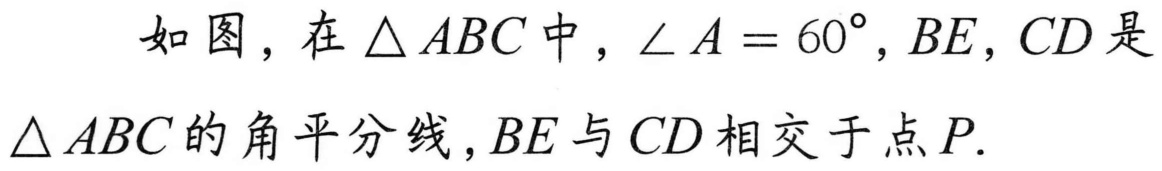
如图，在\(\triangle ABC\)中，\(\angle A = 60^{\circ}\)，\(BE\)，\(CD\)是\(\triangle ABC\)的角平分线，\(BE\)与\(CD\)相交于点\(P\).